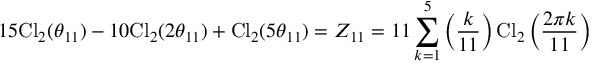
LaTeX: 1 5 \mathrm { C l } _ { 2 } ( \theta _ { 1 1 } ) - 1 0 \mathrm { C l } _ { 2 } ( 2 \theta _ { 1 1 } ) + \mathrm { C l } _ { 2 } ( 5 \theta _ { 1 1 } ) = Z _ { 1 1 } = 1 1 \sum _ { k = 1 } ^ { 5 } \left( \frac { k } { 1 1 } \right) \mathrm { C l } _ { 2 } \left( \frac { 2 \pi k } { 1 1 } \right)